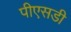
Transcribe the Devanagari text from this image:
पीएसडी